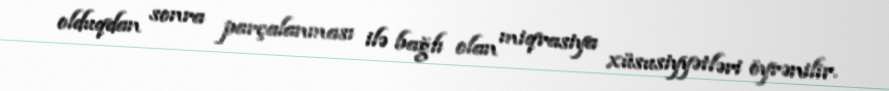
olduqdan sonra parçalanması ilə bağlı olan miqrasiya xüsusiyyətləri öyrənilir.